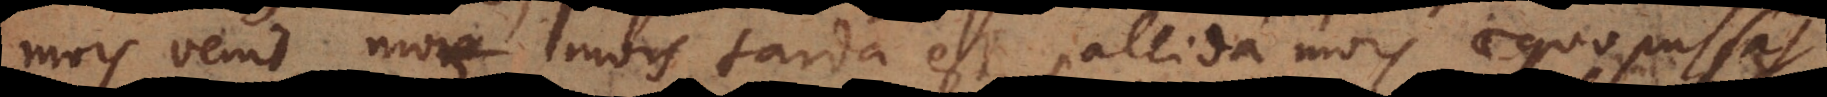
mors venit, mors tarda est, pallida mors aequo pulsat